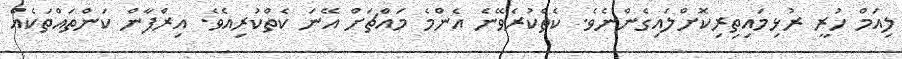
ލިއަމް ހުރީ ރުޅިމައިތިރިކޮށްލައިގެންނެވެ. ކެތްކުރެވޭނެ އެންމެ މައްޗަށް އޭނަ ކެތްކުރިއެވެ. އިރްފާން ކަންތައްތަކެއް